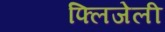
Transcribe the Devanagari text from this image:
फ्लिजेली